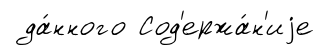
да́нного Сод'ержа́н'иjе